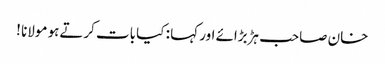
خان صاحب ہڑبڑائے اور کہا : کیا بات کرتےہو مولانا !